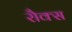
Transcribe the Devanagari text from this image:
रौक्स